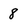
Character: 8